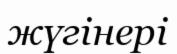
жүгінері